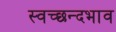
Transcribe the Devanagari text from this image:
स्वच्छन्दभाव